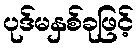
ပုဒ်မနှစ်ခုဖြင့်